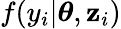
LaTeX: f(y_{i}|\boldsymbol{\theta},\mathbf{z}_{i})